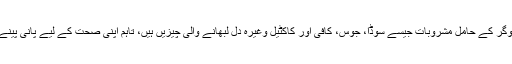
ہرچند کہ انتہائی شوگر کے حامل مشروبات جیسے سوڈا، جوس، کافی اور کاکٹیل وغیرہ دل لبھانے والی چیزیں ہیں، تاہم اپنی صحت کے لیے پانی پینے کو ہی ترجیح دیں۔